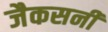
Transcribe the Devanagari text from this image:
जैकसनी